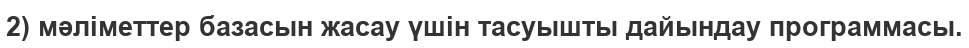
2) мәліметтер базасын жасау үшін тасуышты дайындау программасы.